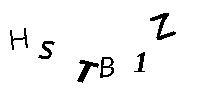
HSTB1Z